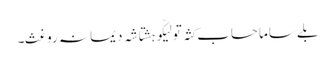
بلے ساما حساب کثہ تو لیکّو ہشتاشہ دیما نہ روغث۔